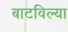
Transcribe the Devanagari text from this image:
बाटविल्या